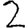
Digit: 2